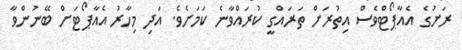
ރަށުގެ އެއާޕޯޓްވެސް އިތުރަށް ތަރައްގީ ކުރައްވާނެ ކަމަށެވެ. އަދި މިހާރު އެއާޕޯޓަށް ބޭނުންވާ